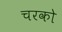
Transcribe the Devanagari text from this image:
चरको